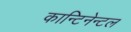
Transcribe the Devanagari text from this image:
कान्टिनेन्टल